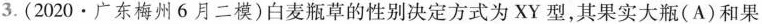
3.(2020·广东梅州6月二模)白麦瓶草的性别决定方式为XY型，其果实大瓶(A)和果